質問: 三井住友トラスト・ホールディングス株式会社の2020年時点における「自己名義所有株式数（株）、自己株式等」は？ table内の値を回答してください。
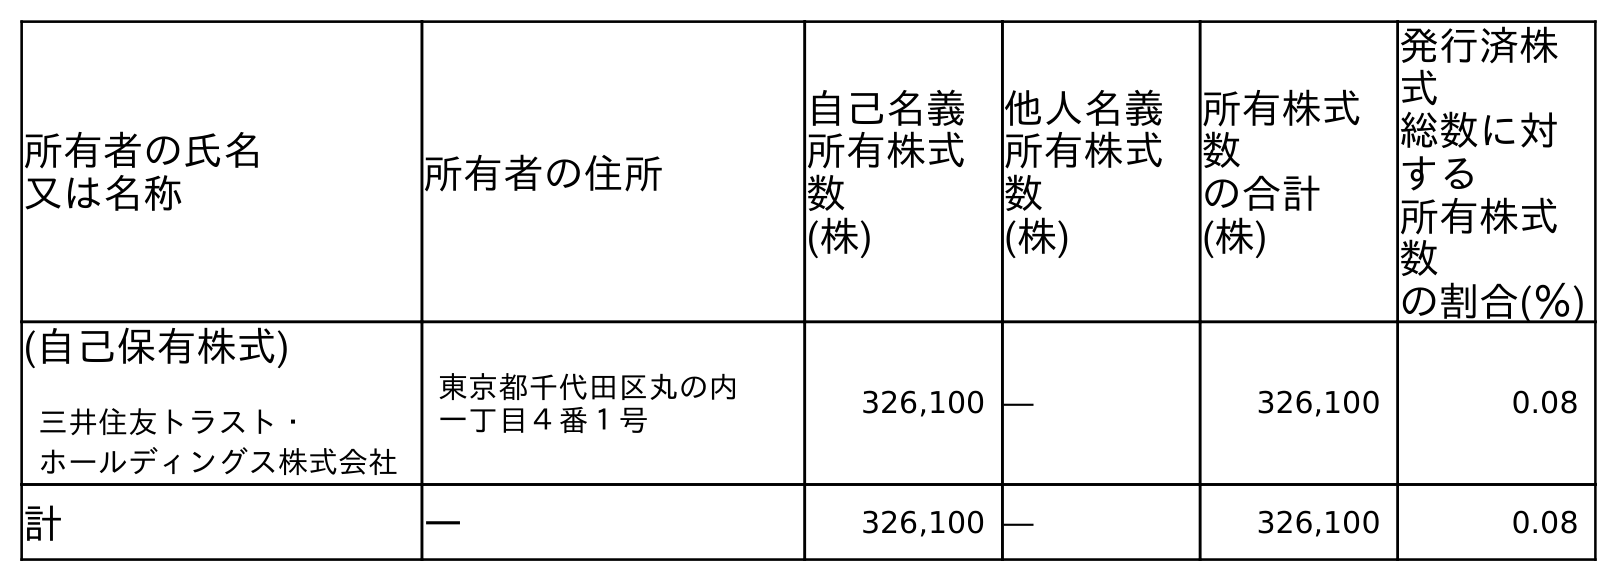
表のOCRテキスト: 所有者の氏名 又は名称 所有者の住所 自己名義 所有株式 数 (株) 他人名義 所有株式 数 (株) 所有株式 数 の合計 (株) 発行済株 式 総数に対 する 所有株式 数 の割合(％) (自己保有株式) 三井住友トラスト・ ホールディングス株式会社 東京都千代田区丸の内 一丁目４番１号 326,100 ― 326,100 0.08 計 ― 326,100 ― 326,100 0.08
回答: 326,100